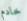
خادم